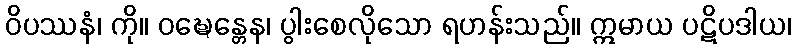
ဝိပဿနံ၊ ကို။ ဝဍ္ဎေန္တေန၊ ပွါးစေလိုသော ရဟန်းသည်။ ဣမာယ ပဋိပဒါယ၊